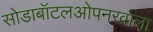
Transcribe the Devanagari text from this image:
सोडाबॉटलओपनरवाला